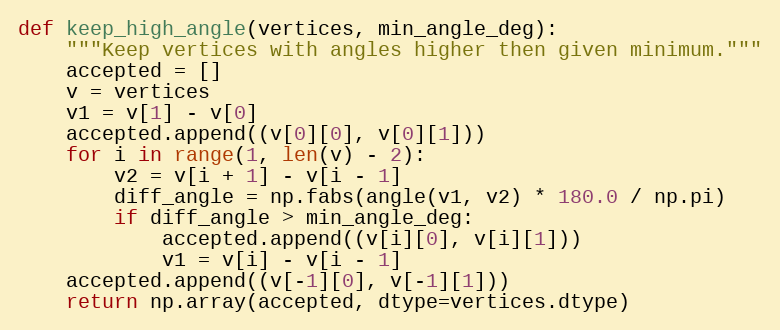
Language: Python
def keep_high_angle(vertices, min_angle_deg):
    """Keep vertices with angles higher then given minimum."""
    accepted = []
    v = vertices
    v1 = v[1] - v[0]
    accepted.append((v[0][0], v[0][1]))
    for i in range(1, len(v) - 2):
        v2 = v[i + 1] - v[i - 1]
        diff_angle = np.fabs(angle(v1, v2) * 180.0 / np.pi)
        if diff_angle > min_angle_deg:
            accepted.append((v[i][0], v[i][1]))
            v1 = v[i] - v[i - 1]
    accepted.append((v[-1][0], v[-1][1]))
    return np.array(accepted, dtype=vertices.dtype)